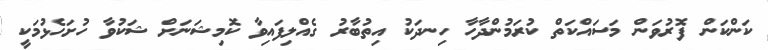
ކަންކަން ފޮރުވަން މަސައްކަތް ކުރަމުންދާހާ ހިނދަކު އިތުބާރު ގެއްލިފައިވާ ކޮމިޝަނަށް ޝަކުވާ ހުށަހެޅުމަކީ